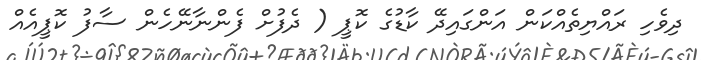
ދިވެހި ރައްޔިތެއްކަން އަންގައިދޭ ކާޑުގެ ކޮޕީ ( ދެފުށް ފެންނާނޭހެން ސާފު ކޮޕީއެއް